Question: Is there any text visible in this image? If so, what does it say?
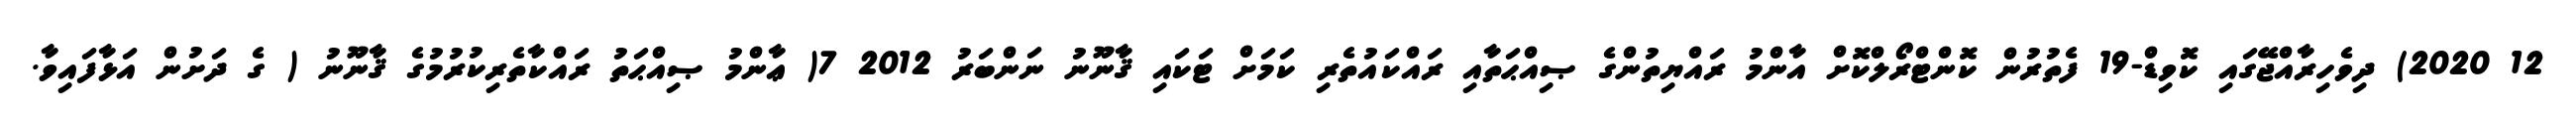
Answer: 12 2020) ދިވެހިރާއްޖޭގައި ކޮވިޑް-19 ފެތުރުން ކޮންޓްރޯލްކޮށް އާންމު ރައްޔިތުންގެ ޞިއްޙަތާއި ރައްކައުތެރި ކަމަށް ޓަކައި ޤާނޫނު ނަންބަރު 2012 7( ޢާންމު ޞިއްޙަތު ރައްކާތެރިކުރުމުގެ ޤާނޫނު ( ގެ ދަށުން އަޅާފައިވާ.